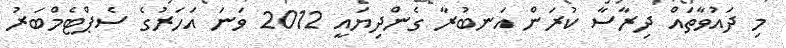
މި ދައުވާތައް ދިރާސާ ކުރަން އަނބުރާ ގެންދިޔައީ 2012 ވަނަ އަހަރުގެ ސެޕްޓެމްބަރު